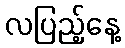
လပြည့်နေ့